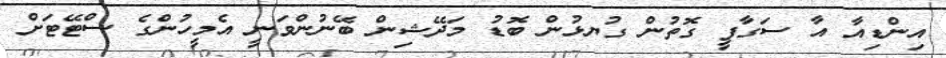
އިންޑިއާ އާ ސަގާފީ ގޮތުން ގުޔޅުން ބޮޑު މަދޭޝިން ބޭނުންވަނީ އެމީހުންގެ ސްޓޭޓަށް